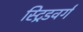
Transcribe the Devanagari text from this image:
स्ट्रिडवर्ग